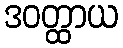
ဒဝတ္ထာယ